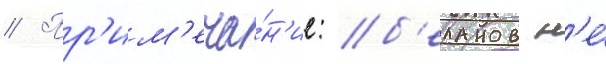
// Пр'им'еча́н'ие: б'еланов н'е́